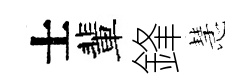
士輩鋒慧